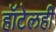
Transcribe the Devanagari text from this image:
हॉटेलही